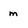
Character: m